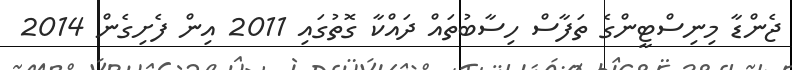
ޖެންޑާ މިނިސްޓީންގެ ތަފާސް ހިސާބުތައް ދައްކާ ގޮތުގައި 2011 އިން ފެށިގެން 2014